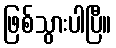
ဖြစ်သွားပါပြီ။